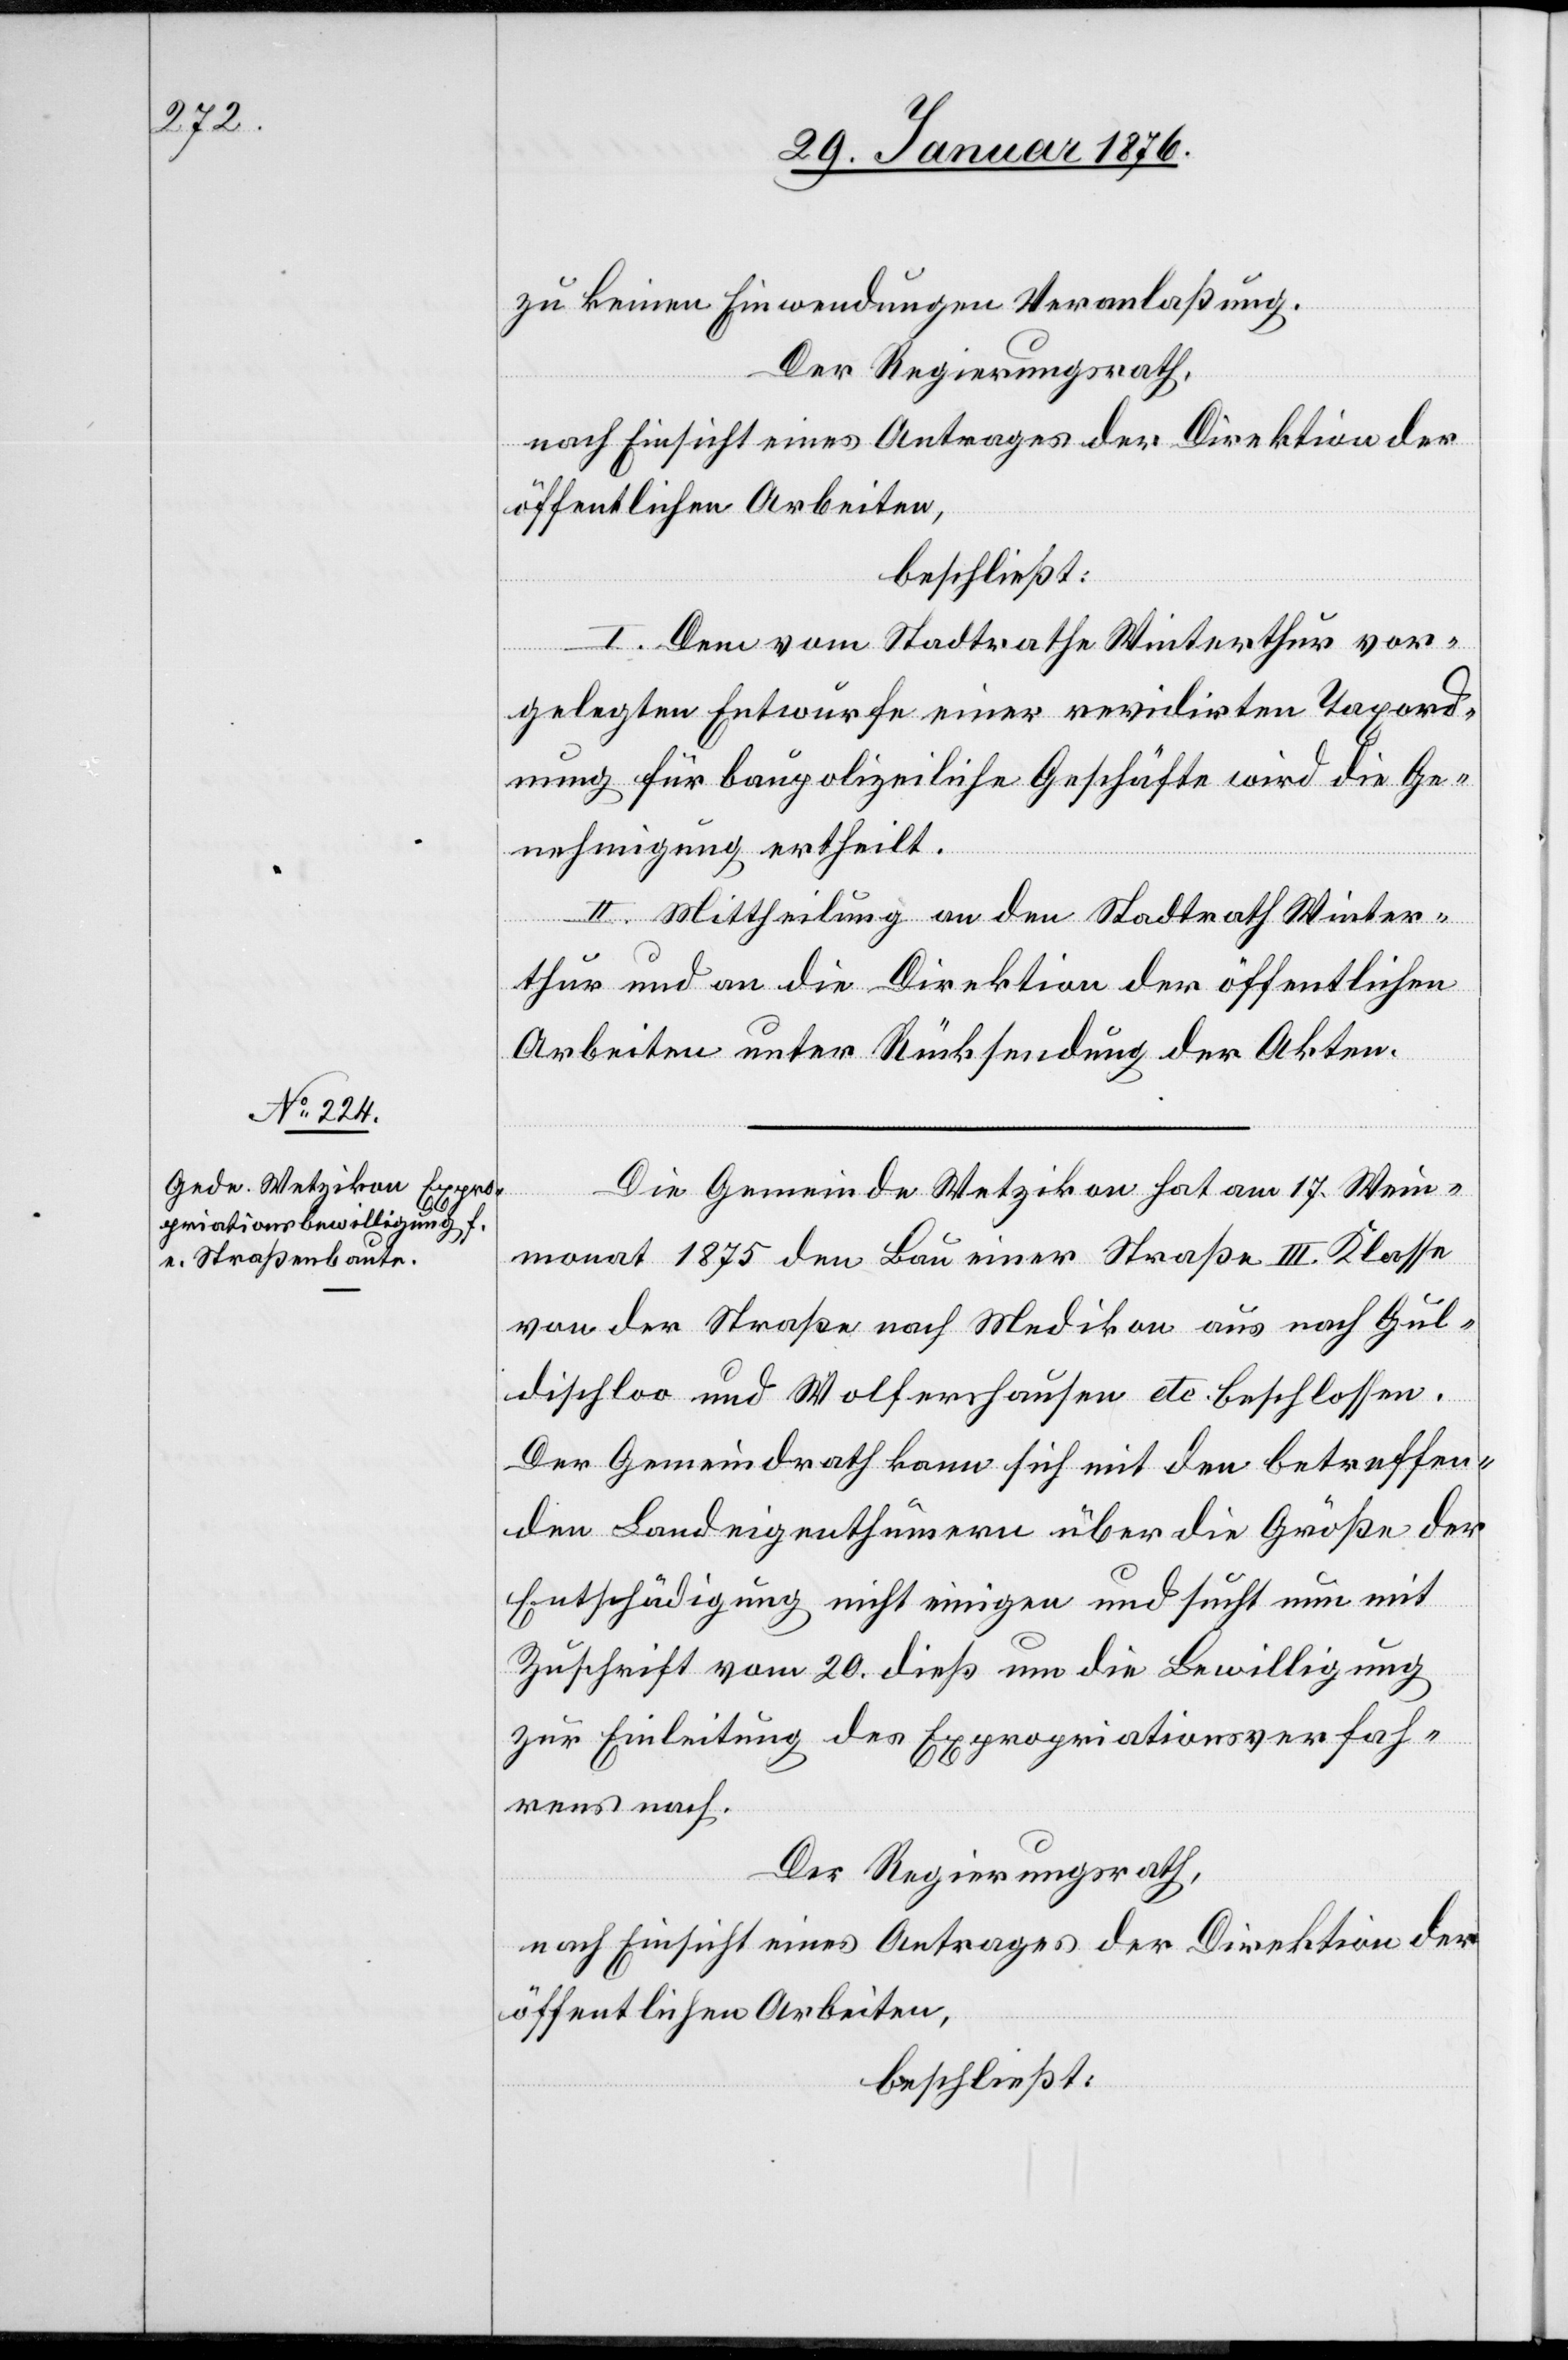
zu keinen Einwendungen Veranlaßung.
Der Regierungsrath,
nach Einsicht eines Antrages der Direktion der
öffentlichen Arbeiten,
beschließt:
I. Dem vom Stadtrathe Winterthur vor¬
gelegten Entwurfe einer revidirten Taxord¬
nung für baupolizeiliche Geschäfte wird die Ge¬
nehmigung ertheilt.
II. Mittheilung an den Stadtrath Winter¬
thur und an die Direktion der öffentlichen
Arbeiten unter Rücksendung der Akten.
Die Gemeinde Wetzikon hat am 17. Wein¬
monat 1875 den Bau einer Straße III. Klasse
von der Straße nach Medikon aus nach Gul¬
dischloo und Wolfershausen etc. beschlossen.
Der Gemeindrath kann sich mit den betreffen¬
den Landeigenthümern über die Größe der
Entschädigung nicht einigen und sucht nun mit
Zuschrift vom 20. dieß um die Bewilligung
zur Einleitung des Expropriationsverfah¬
rens nach.
Der Regierungsrath,
nach Einsicht eines Antrages der Direktion der
öffentlichen Arbeiten,
beschließt: